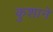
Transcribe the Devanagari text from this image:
कुशाने